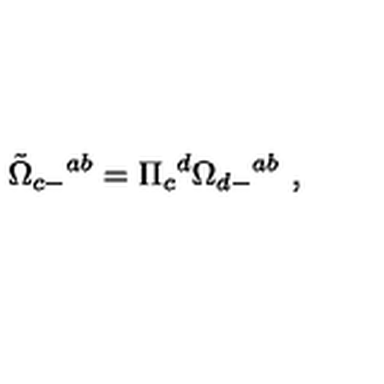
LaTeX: { \tilde { \Omega } } _ { c - } { } ^ { a b } = \Pi _ { c } { } ^ { d } \Omega _ { d - } { } ^ { a b } \ ,